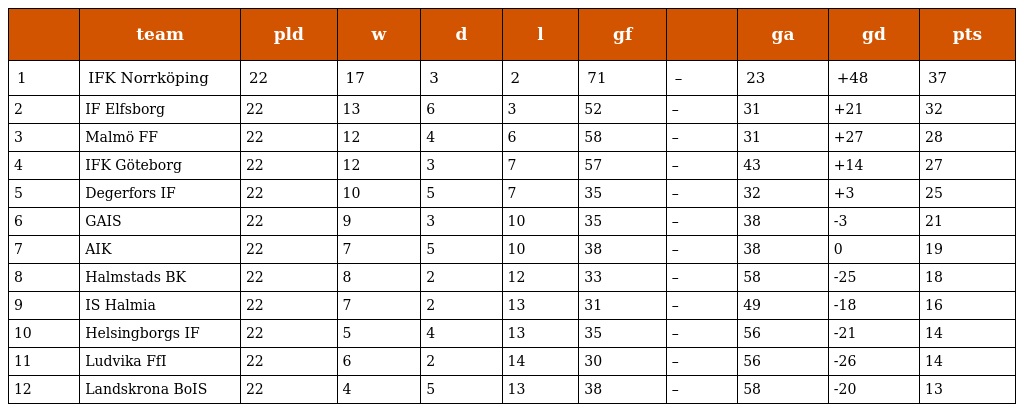
|  | team | pld | w | d | l | gf |  | ga | gd | pts |
 | --- | --- | --- | --- | --- | --- | --- | --- | --- | --- | --- |
 | 1 | IFK Norrköping | 22 | 17 | 3 | 2 | 71 | – | 23 | +48 | 37 |
 | 2 | IF Elfsborg | 22 | 13 | 6 | 3 | 52 | – | 31 | +21 | 32 |
 | 3 | Malmö FF | 22 | 12 | 4 | 6 | 58 | – | 31 | +27 | 28 |
 | 4 | IFK Göteborg | 22 | 12 | 3 | 7 | 57 | – | 43 | +14 | 27 |
 | 5 | Degerfors IF | 22 | 10 | 5 | 7 | 35 | – | 32 | +3 | 25 |
 | 6 | GAIS | 22 | 9 | 3 | 10 | 35 | – | 38 | -3 | 21 |
 | 7 | AIK | 22 | 7 | 5 | 10 | 38 | – | 38 | 0 | 19 |
 | 8 | Halmstads BK | 22 | 8 | 2 | 12 | 33 | – | 58 | -25 | 18 |
 | 9 | IS Halmia | 22 | 7 | 2 | 13 | 31 | – | 49 | -18 | 16 |
 | 10 | Helsingborgs IF | 22 | 5 | 4 | 13 | 35 | – | 56 | -21 | 14 |
 | 11 | Ludvika FfI | 22 | 6 | 2 | 14 | 30 | – | 56 | -26 | 14 |
 | 12 | Landskrona BoIS | 22 | 4 | 5 | 13 | 38 | – | 58 | -20 | 13 |